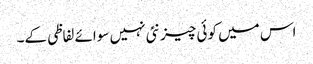
اس میں کوئی چیز نئی نہیں سوائے لفاظی کے۔